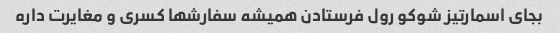
بجای اسمارتیز شوکو رول فرستادن همیشه سفارشها کسری و مغایرت داره